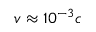
v \approx 1 0 ^ { - 3 } c